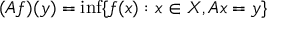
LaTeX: ( A f ) ( y ) = \operatorname* { i n f } \{ f ( x ) : x \in X , A x = y \}